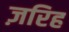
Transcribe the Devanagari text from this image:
ज़रिह